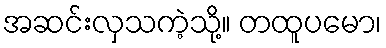
အဆင်းလှသကဲ့သို့။ တထူပမော၊